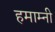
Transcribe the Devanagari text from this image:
हमाम्नी